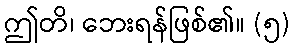
ဤတိ၊ ဘေးရန်ဖြစ်၏။ (၅)